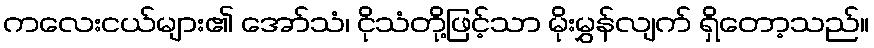
ကလေးငယ်များ၏ အော်သံ၊ ငိုသံတို့ဖြင့်သာ မိုးမွှန်လျက် ရှိတော့သည်။